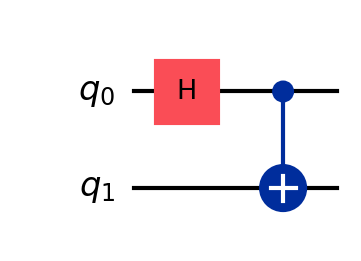
Description: Bell state in compressed visual layout
描述: 紧凑视觉布局的Bell态
Category: visual_variants (difficulty: basic)
Qubits: 2, circuit depth: 2

Braket implementation:
from braket.circuits import Circuit
circuit = Circuit().h(0).cnot(0, 1)